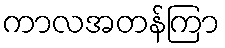
ကာလအတန်ကြာ